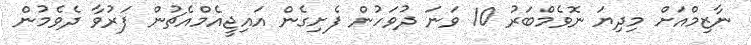
ނާޒިމްއަށް މިދިޔަ ނޮވެމްބަރު 10 ވަނަ ދުވަހުން ފެށިގެން އައިޖީއެމްއެޗުން ފަރުވާ ދެވެމުން